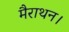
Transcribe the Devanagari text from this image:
मैराथन।